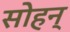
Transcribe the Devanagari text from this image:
सोहन्